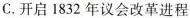
C.开启1832年议会改革进程